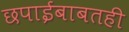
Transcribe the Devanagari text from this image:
छपाईबाबतही